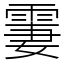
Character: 霋